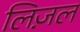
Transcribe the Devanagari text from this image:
लिज़ल